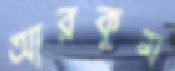
আরকুম